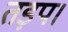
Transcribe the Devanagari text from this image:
तड़प।